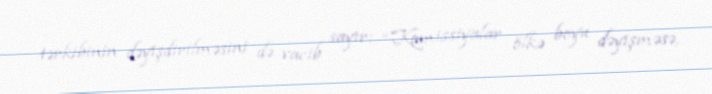
tərkibinin dəyişdirilməsini də vacib sayır: “Komissiyalar ölkə boyu dəyişməsə,